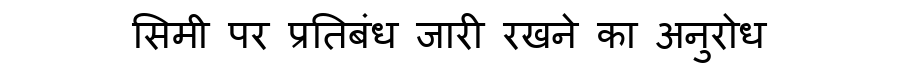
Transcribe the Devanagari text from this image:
सिमी पर प्रतिबंध जारी रखने का अनुरोध